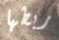
ربطها